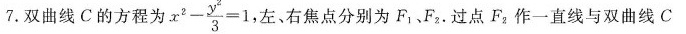
7.双曲线C的方程为 $$x^{2} - \frac{y^{2}}{3} =1$$ 左、右焦点分别为F_{1}、F_{2}。过点F_{2}，作一直线与双曲线C